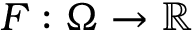
F : \Omega \to \mathbb { R }